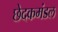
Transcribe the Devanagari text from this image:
छेदकमंडल